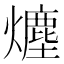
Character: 𤐷